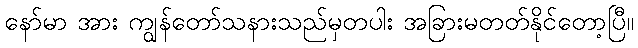
နော်မာ အား ကျွန်တော်သနားသည်မှတပါး အခြားမတတ်နိုင်တော့ပြီ။